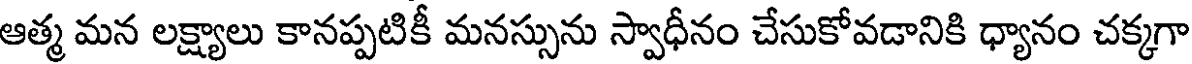
ఆత్మ మన లక్ష్యాలు కానప్పటికీ మనస్సును స్వాధీనం చేసుకోవడానికి ధ్యానం చక్కగా